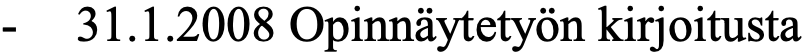
-  31.1.2008 Opinnäytetyön kirjoitusta